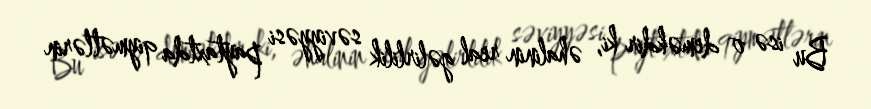
Bu isə o deməkdir ki, əhalinin real gəlirlilik səviyyəsi paytaxtda qiymətlərin